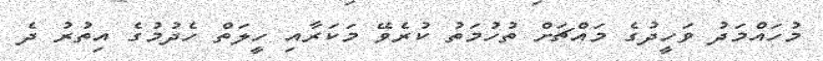
މުހައްމަދު ވަހީދުގެ މައްޗަށް ތުހުމަތު ކުރެވޭ މަކަރާއި ހީލަތް ހެދުމުގެ އިތުރު ދެ